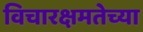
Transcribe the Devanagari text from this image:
विचारक्षमतेच्या